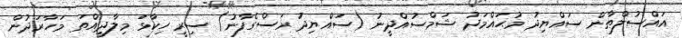
އައްސުލްޠާން ސައްޔިދު މުޙައްމަދު ޝަމްސުއްދީނު (ސައްޔިދު ރަސްގެފާނު) ސިރީ ހިކާޅަ މިލާދީއްތަ މަހާރަދުން